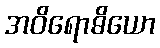
အဝိရောဓိယော